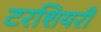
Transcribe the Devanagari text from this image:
टरशियरी